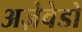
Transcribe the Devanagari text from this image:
अज़ेवेडो